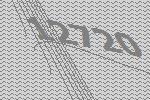
12720